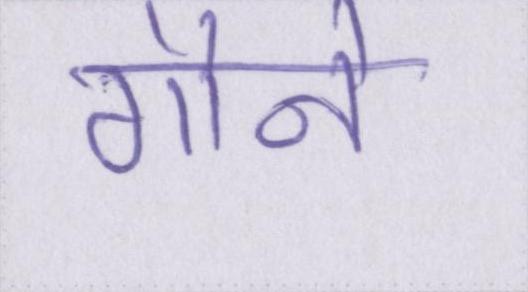
गौने